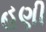
હણી